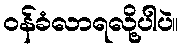
၀န်ခံလာရလို့ပါပဲ။